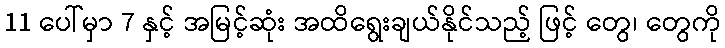
11 ပေါ်မှာ 7 နှင့် အမြင့်ဆုံး အထိရွေးချယ်နိုင်သည့် ဖြင့် တွေ၊ တွေကို